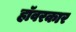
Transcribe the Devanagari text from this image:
हॉवरकार